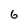
Character: 6